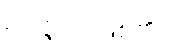
ဥပ္ပဇ္ဇတိ၊ ဖြစ်၏။